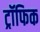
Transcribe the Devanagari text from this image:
ट्रॉफिक